Report of the Hyderabad Chloroform Commission
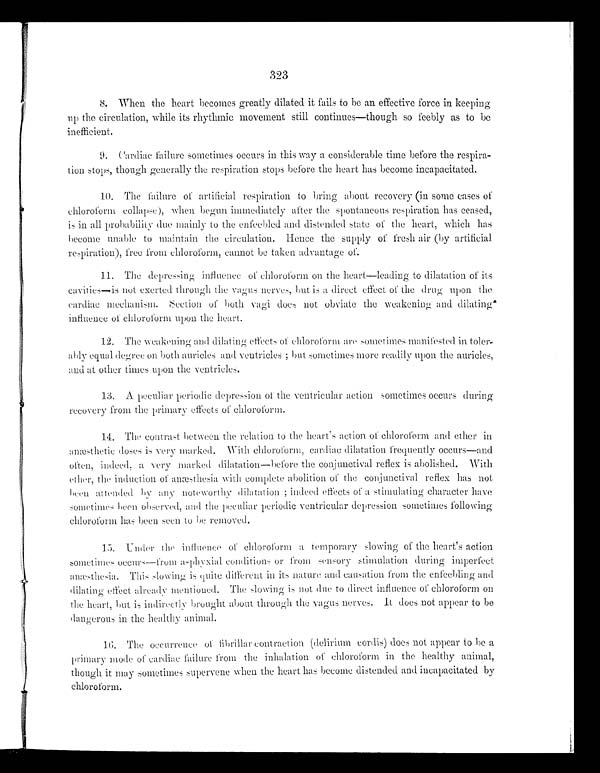
8. When the heart becomes greatly dilated it fails to be an effective force in keeping
up the circulation, while its rhythmic movement still continues—though so feebly as to be
inefficient.
9. Cardiac failure sometimes occurs in this way a considerable time before the respira
- t i o n s t o p s , t h o u g h g e n e r a l l y t h e r e s p i r a t i o n s t o p s b e f o r e t h e h e a r t h a s b e c o m e i n c a p a c i t a t e d .
10. The failure of artificial respiration to bring about recovery (in some cases of
chloroform collapse), when begun immediately after the spontaneous respiration has ceased,
is in all probability due mainly to the enfeebled and distended state of the heart, which has
become unable to maintain the circulation. Hence the supply of fresh air (by artificial
respiration), free from chloroform, cannot be taken advantage of.
11. The depressing influence of chloroform on the heart—leading to dilatation of its
cavities—is not exerted through the vagus nerves, but is a direct effect of the drug upon the
cardiac mechanism. Section of both vagi does not obviate the weakening and dilating
influence of chloroform upon the heart.
12. The weakening and dilating effects of chloroform are sometimes manifested in toler
- a b l y e q u a l d e g r e e o n b o t h a u r i c l e s a n d v e n t r i c l e s ; b u t s o m e t i m e s m o r e r e a d i l y u p o n t h e a u r i c l e s ,
and at other times upon the ventricles.
13. A peculiar periodic depression of the ventricular action sometimes occurs during
recovery from the primary effects of chloroform.
14. The contrast between the relation to the heart's action of chloroform and ether in
anæsthetic doses is very marked. With chloroform, cardiac dilatation frequently occurs—and
often, indeed, a very marked dilatation—before the conjunctival reflex is abolished. With
ether, the induction of anæsthesia with complete abolition of the conjunctival reflex has not,
been attended by any noteworthy dilatation; indeed effects of a stimulating character have
sometimes been observed, and the peculiar periodic ventricular depression sometimes following
chloroform has been seen to be removed.
1 5 . U n d e r t h e i n f l u e n c e o f c h l o r o f o r m a t e m p o r a r y s l o w i n g o f t h e h e a r t ' s a c t i o n
sometimes occurs—from asphyxial conditions or from sensory stimulation during imperfect
anæsthesia. This slowing is quite different in its nature and causation from the enfeebling and
dilating effect already mentioned. The slowing is not due to direct influence of chloroform on
the heart, but is indirectly brought about through the vagus nerves. It does not appear to be
dangerous in the healthy animal.
16. The occurrence of fibrillar contraction (delirium cordis) does not appear to be a
primary mode of cardiac failure from the inhalation of chloroform in the healthy animal,
though it may sometimes supervene when the heart has become distended and incapacitated by
chloroform.